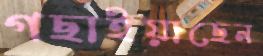
গছাইয়াছেন